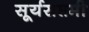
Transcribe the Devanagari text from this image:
सूर्यसप्तमी